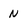
Character: N